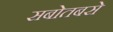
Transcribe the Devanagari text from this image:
सबोतबसे